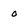
Character: 0